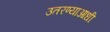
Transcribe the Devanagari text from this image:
उतरण्याआधी